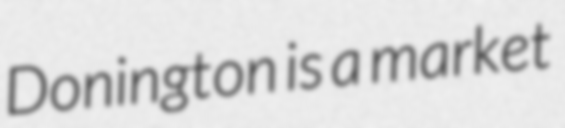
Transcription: Donington is a market